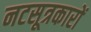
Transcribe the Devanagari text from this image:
नटसूत्रकारों